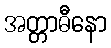
အတ္တာဓီနော